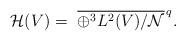
LaTeX: \begin{align*}\mathcal{H}(V)=~\overline{\oplus^3 L^2(V)/\mathcal{N}}^{\, q}.\end{align*}